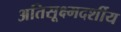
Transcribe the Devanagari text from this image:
अतिसूक्ष्मदर्शीय